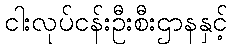
ငါးလုပ်ငန်းဦးစီးဌာနနှင့်